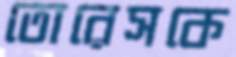
তোরেসকে